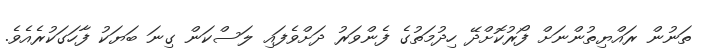
ތަނުން ރައްޔިތުންނަށް ފޯރުކޮށްދޭ ހިދުމަތުގެ ފެންވަރު ދަށްވެފައި ލަސްކަން ގިނަ ބަޔަކު ފާހަގަކުރެއެވެ.